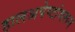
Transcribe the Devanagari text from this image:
हालअपेष्टांवरून